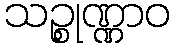
သဉ္စုဏ္ဏာဝ